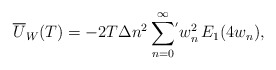
\begin{align*} \overline {U}_W(T)=-2 T\Delta n^2\sum_{n=0}^\infty\!{}^{'} w^2_n \,E_1(4w_n){,}\end{align*}